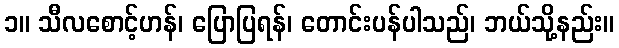
၁။ သီလစောင့်ဟန်၊ ပြောပြရန်၊ တောင်းပန်ပါသည်၊ ဘယ်သို့နည်း။